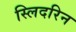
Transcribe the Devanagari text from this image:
स्लिदरिन